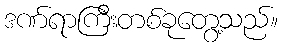
ဒဏ်ရာကြီးတစ်ခုတွေ့သည်။